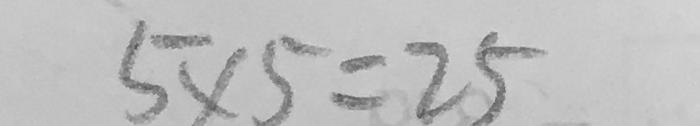
5 \times 5 = 2 5